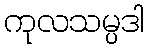
ကုလသမ္ပဒါ